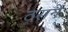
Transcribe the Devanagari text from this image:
ठसने